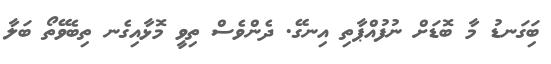
ބަިގަނޑު މާ ބޮޑަށް ނުފުއްޕާތި އިނގޭ. ދެންވެސް ތިވީ މޮޅާއިގެނ ތިބެވޭތޯ ބަލާ